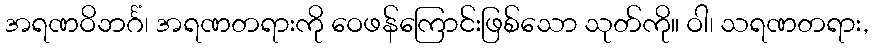
အရဏဝိဘင်္ဂံ၊ အရဏတရားကို ဝေဖန်ကြောင်းဖြစ်သော သုတ်ကို။ ဝါ၊ သရဏတရား,